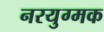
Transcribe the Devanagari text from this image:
नरयुग्मक